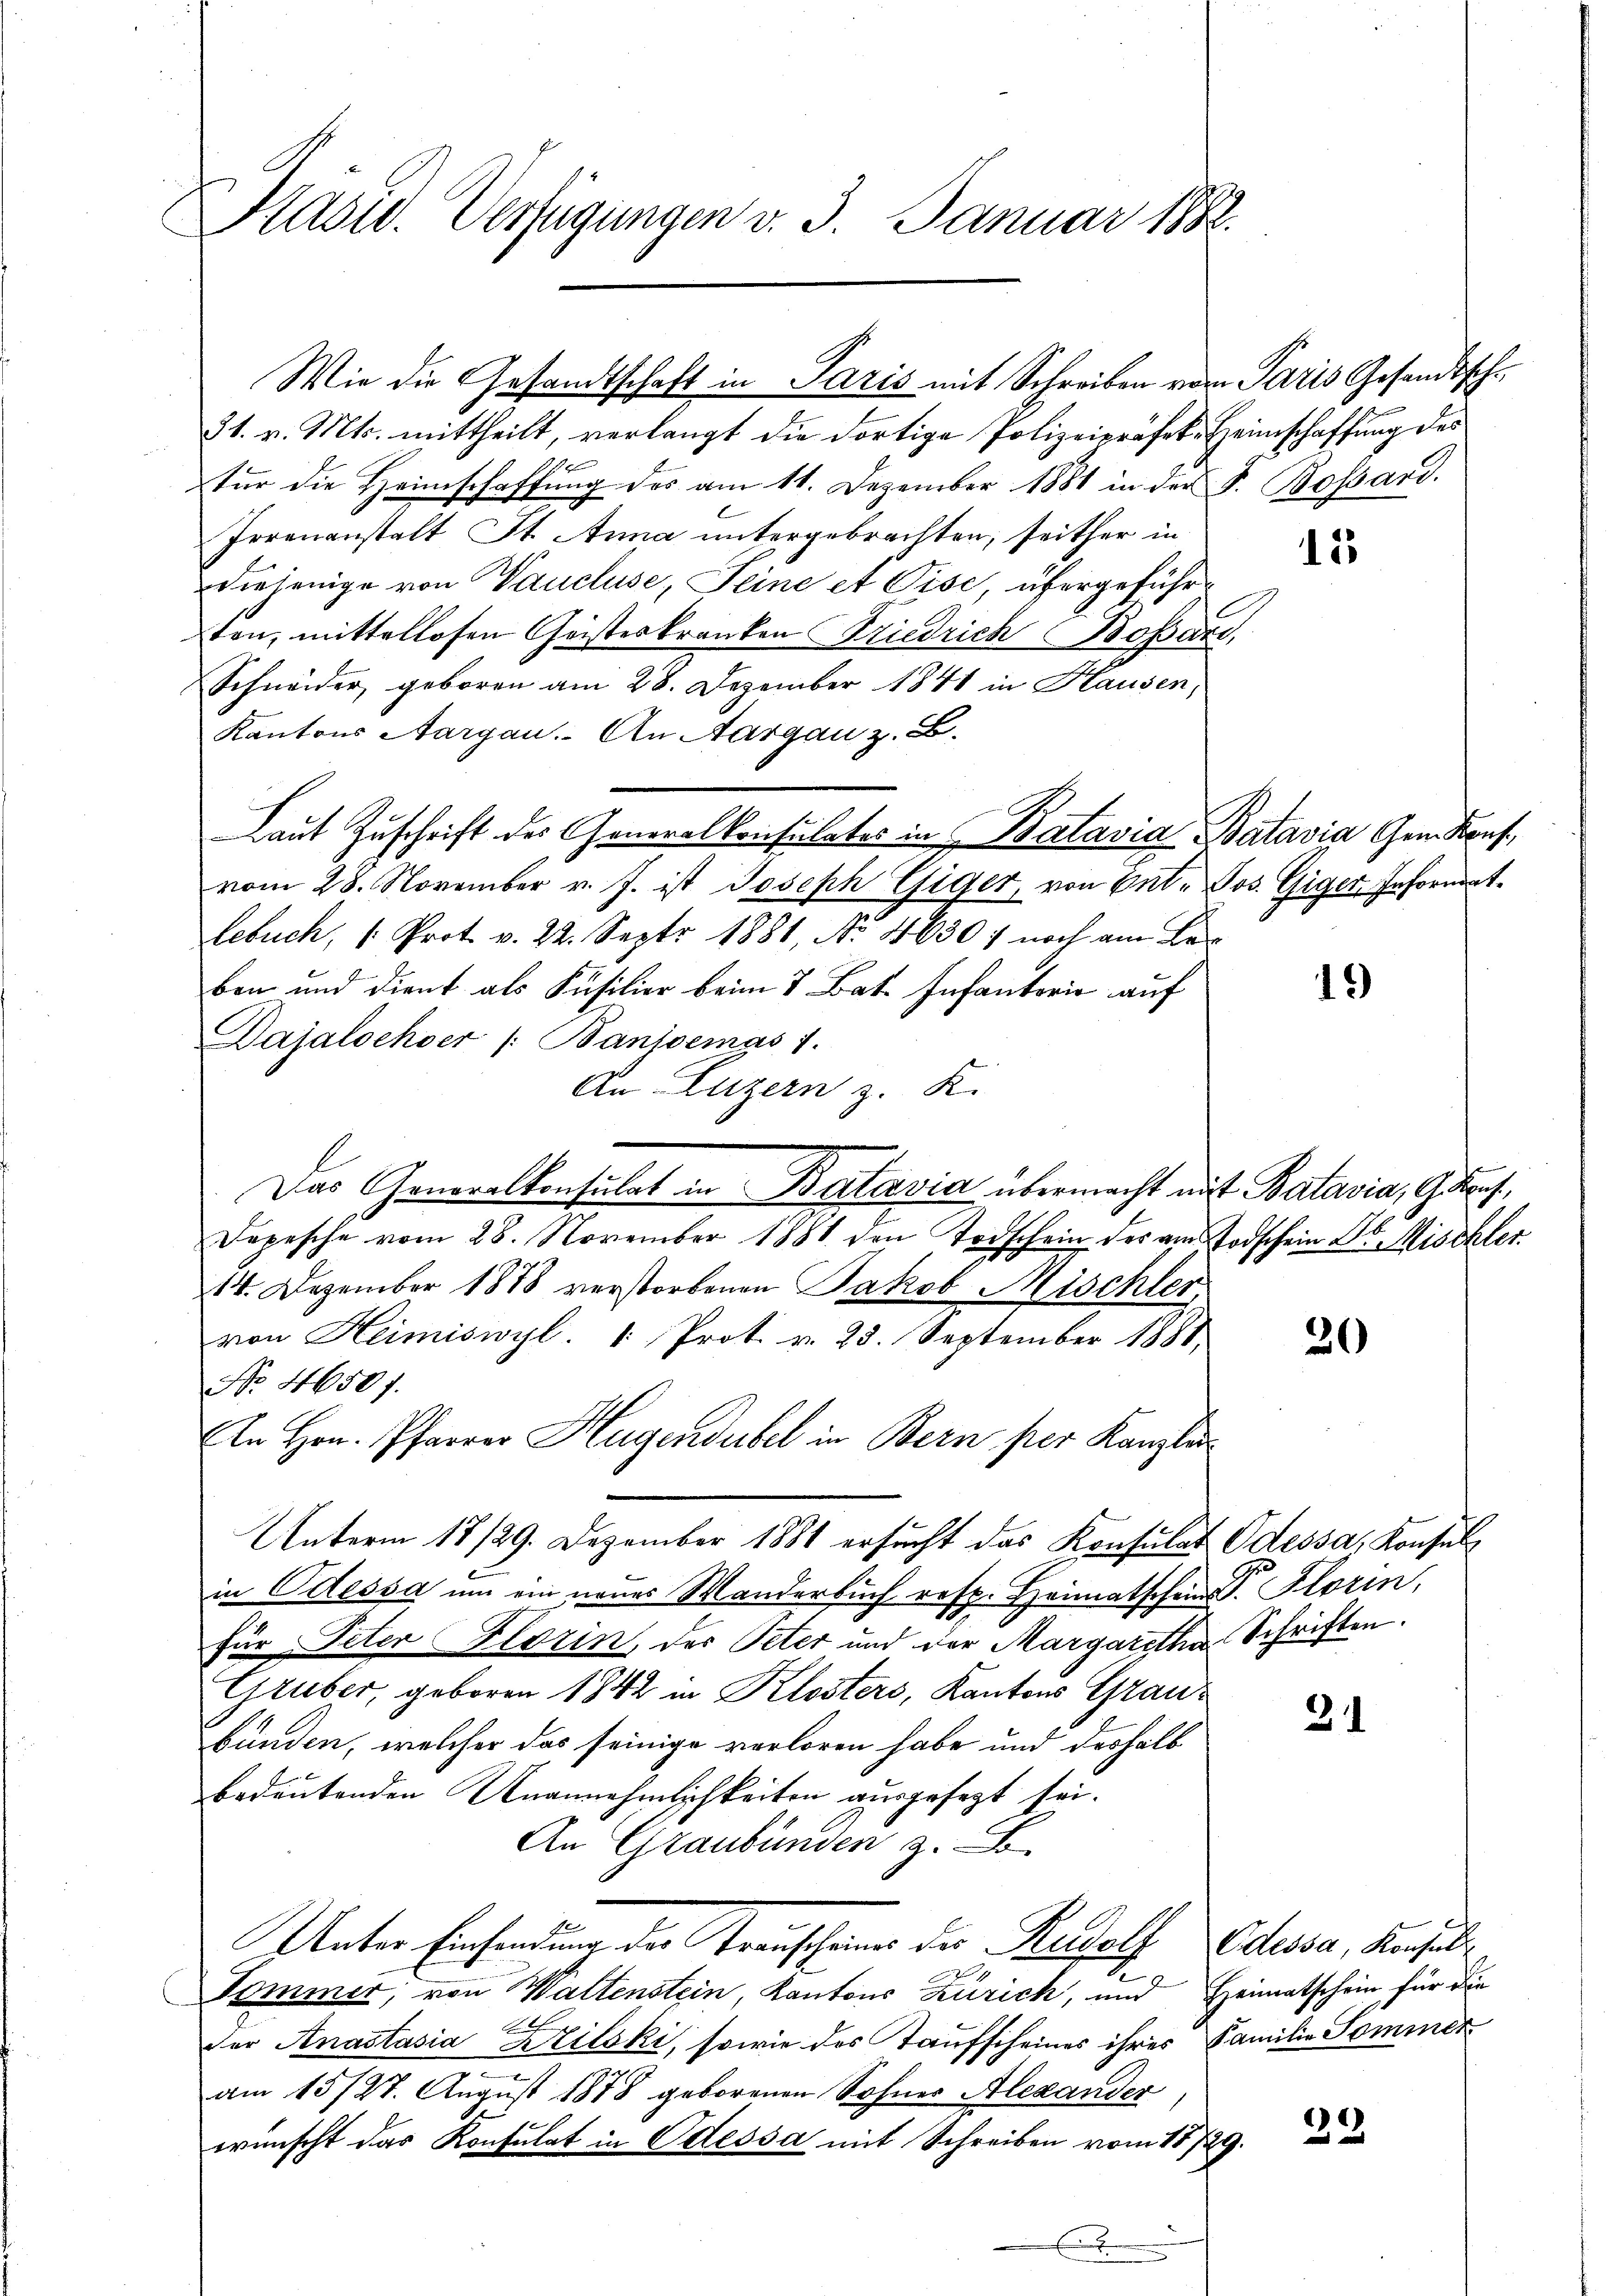
Präsid. Verfügungen v. 3. Januar 1888.

31. v. Mts. mittheilt, verlangt die dortige Polizeipräfekt
für die Heimschaffung des am 11. Dezember 1881 in der
Irrenanstalt St. Anna untergebrachten, seither in
diejenige von Vaucluse, Seine et Pise übergeführten, mittellosen Geisteskranken Friedrich Bossar
Schneider, geboren am 28. Dezember 1841 in Hausen,
Kantons Aargau. An Aargau z. B.
vom 28. November v. J. ist Joseph Giger, von Gut. Jos. Giger Informat
lebuch, (Prot. v. 22. Sept 1881, No 46307 noch am Ber
ben und dient als Füsilier beim 8. Bat. Infantorio auf
Dajaloehoer /:Banioemas 1.
An Luzern z. K.
Depesche vom 28. November 1881 den Todschein des am Todschein Dr. Mischter
14. Dezember 1878 verstorbenen Jakob Mischler,
von Heimiswyl. 1 Prot. v. 25. September 1881
No 46507.
An Hrn. Pfarrer Hagendubel in Bern per Kanzle
Unterm 18/29. Dezember 1881 ersŭcht das Konsulat Odessa, Konsul
in Odessa um ein neues Wanderbuch resp. Heimatschein P. Florin,
für Peter Florin, der Peter und der Margaretha Schriften.
Gruber, geboren 1842 in Klosters, Kantons Graubunden, welcher das seinige verloren habe und deshalb
bedeutenden Unannehmlichkeiten ausgefegt sei.
An Graubünden z. B.
Unter Einsendung der Transchauer der Rechalf Odessa, Ansetz
2
Tommer, von Waltenstein, Kantons Zürich, und Heimatschein für die
der Anastasia Zzilski, sowie des Taufscheines ihres Familie Sommer
7
am 15727. August 1878 geborenen Sohner Alexander
wünscht das Konsulat in Odessa mit Schreiben vom 187

Wie die Gesandtschaft in Paris mit Schreiben vor

Das Generalkonsulat in Batavia übermacht auf Batavia, Genf,

Laut Zuschrift des Generalkonsulates in Batavia Batavia Gem. Konf

n Paris Gesandtsche
Heimschaffung des
F. Bossard.

12

19)

.

20

31

22